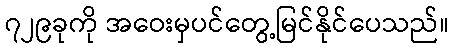
၇၂၉ခုကို အဝေးမှပင်တွေ့မြင်နိုင်ပေသည်။